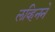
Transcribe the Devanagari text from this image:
लव्हिनने